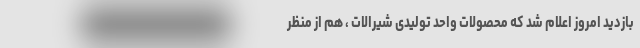
بازدید امروز اعلام شد که محصولات واحد تولیدی شیرالات ، هم از منظر